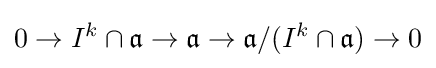
0\to I^{k}\cap {\mathfrak {a}}\to {\mathfrak {a}}\to {\mathfrak {a}}/(I^{k}\cap {\mathfrak {a}})\to 0